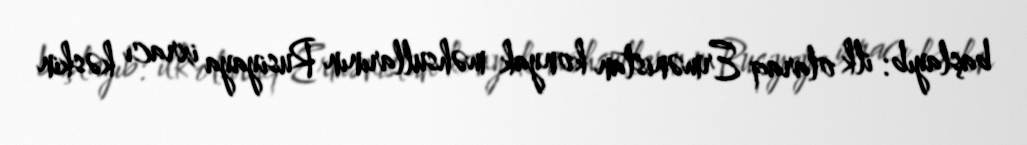
başlayıb: ilk olaraq Ermənistan konyak məhsullarının Rusiyaya ixracı kəskin